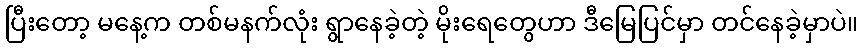
ပြီးတော့ မနေ့က တစ်မနက်လုံး ရွာနေခဲ့တဲ့ မိုးရေတွေဟာ ဒီမြေပြင်မှာ တင်နေခဲ့မှာပဲ။